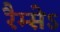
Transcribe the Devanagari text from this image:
रैम्सेऽ